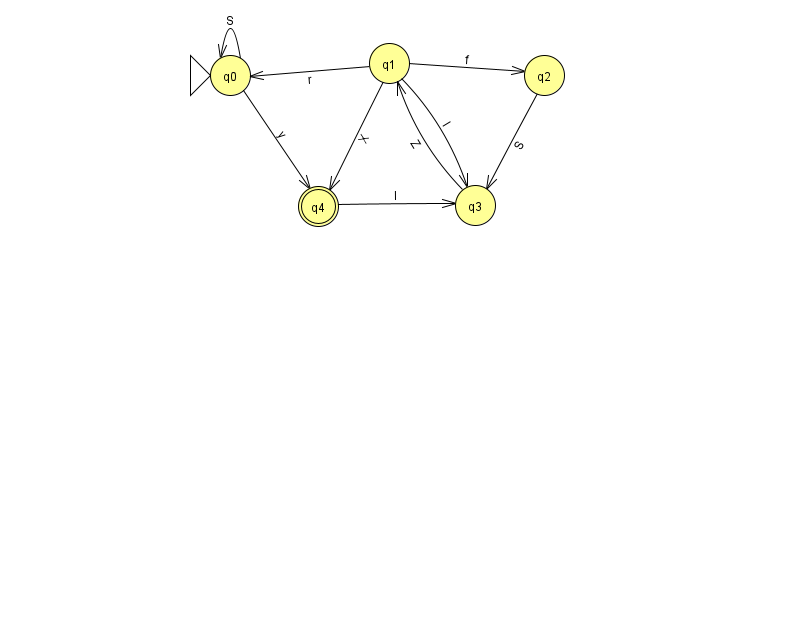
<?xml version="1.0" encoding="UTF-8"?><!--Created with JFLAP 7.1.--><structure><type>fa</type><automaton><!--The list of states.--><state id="0" name="q0"><x>230.0</x><y>62.0</y><initial/></state><state id="1" name="q1"><x>389.0</x><y>50.0</y></state><state id="2" name="q2"><x>544.0</x><y>62.0</y></state><state id="3" name="q3"><x>475.0</x><y>192.0</y></state><state id="4" name="q4"><x>318.0</x><y>193.0</y><final/></state><!--The list of transitions.--><transition><from>1</from><to>2</to><read>f</read></transition><transition><from>1</from><to>4</to><read>X</read></transition><transition><from>3</from><to>1</to><read>Z</read></transition><transition><from>0</from><to>0</to><read>S</read></transition><transition><from>1</from><to>3</to><read>I</read></transition><transition><from>4</from><to>3</to><read>I</read></transition><transition><from>0</from><to>4</to><read>y</read></transition><transition><from>1</from><to>0</to><read>r</read></transition><transition><from>2</from><to>3</to><read>S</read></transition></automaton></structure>